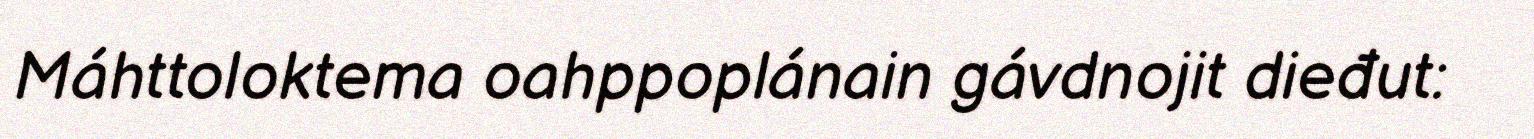
Máhttoloktema oahppoplánain gávdnojit dieđut: